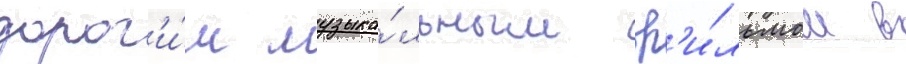
дорог'и́м музыка́льным ф'и́льмом в